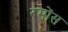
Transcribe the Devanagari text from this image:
रमोंस